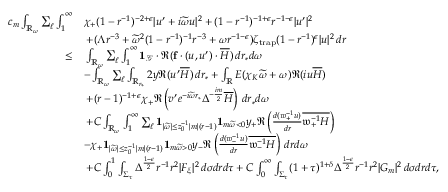
\begin{array} { r l } { c _ { m } \int _ { \mathbb { R } _ { \omega } } \sum _ { \ell } \int _ { 1 } ^ { \infty } } & { \chi _ { + } ( 1 - r ^ { - 1 } ) ^ { - 2 + \epsilon } | u ^ { \prime } + i \widetilde { \omega } u | ^ { 2 } + ( 1 - r ^ { - 1 } ) ^ { - 1 + \epsilon } r ^ { - 1 - \epsilon } | u ^ { \prime } | ^ { 2 } } \\ & { \: + ( \Lambda r ^ { - 3 } + \widetilde { \omega } ^ { 2 } ( 1 - r ^ { - 1 } ) ^ { - 1 } r ^ { - 3 } + \omega r ^ { - 1 - \epsilon } ) \zeta _ { \mathrm { t r a p } } ( 1 - r ^ { - 1 } ) ^ { \epsilon } | u | ^ { 2 } \, d r } \\ { \leq } & { \: \int _ { \mathbb { R } _ { \omega } } \sum _ { \ell } \int _ { 1 } ^ { \infty } \mathbf { 1 } _ { \mathcal { G } } \cdot \Re ( \mathbf { f } \cdot ( u , u ^ { \prime } ) \cdot \overline { { H } } ) \, d r _ { * } d \omega } \\ & { - \int _ { \mathbb { R } _ { \omega } } \sum _ { \ell } \int _ { \mathbb { R } _ { r _ { * } } } 2 y \Re ( u ^ { \prime } \overline { { H } } ) \, d r _ { * } + \int _ { \mathbb { R } } E ( \chi _ { K } \widetilde { \omega } + \omega ) \Re ( i u \overline { { H } } ) } \\ & { \: + ( r - 1 ) ^ { - 1 + \epsilon } \chi _ { + } \Re \left( v ^ { \prime } e ^ { - i \widetilde { \omega } r _ { * } } \Delta ^ { - \frac { i m } { 2 } } \overline { { H } } \right) \, d r _ { * } d \omega } \\ & { \: + C \int _ { \mathbb { R } _ { \omega } } \int _ { 1 } ^ { \infty } \sum _ { \ell } \mathbf { 1 } _ { | \widetilde { \omega } | \leq z _ { 0 } ^ { - 1 } | m | ( r - 1 ) } \mathbf { 1 } _ { m \widetilde { \omega } < 0 } y _ { + } \Re \left( \frac { d ( \mathfrak { w } _ { + } ^ { - 1 } u ) } { d r } \overline { { \mathfrak { w } _ { + } ^ { - 1 } H } } \right) } \\ & { - \chi _ { + } \mathbf { 1 } _ { | \widetilde { \omega } | \leq z _ { 0 } ^ { - 1 } | m | ( r - 1 ) } \mathbf { 1 } _ { m \widetilde { \omega } > 0 } y _ { - } \Re \left( \frac { d ( \mathfrak { w } _ { - } ^ { - 1 } u ) } { d r } \overline { { \mathfrak { w } _ { - } ^ { - 1 } H } } \right) \, d r d \omega } \\ & { \: + C \int _ { 0 } ^ { 1 } \int _ { \Sigma _ { \tau } } \Delta ^ { \frac { 1 - \epsilon } { 2 } } r ^ { - 1 } r ^ { 2 } | F _ { \xi } | ^ { 2 } \, d \sigma d r d \tau + C \int _ { 0 } ^ { \infty } \int _ { \Sigma _ { \tau } } ( 1 + \tau ) ^ { 1 + \delta } \Delta ^ { \frac { 1 - \epsilon } { 2 } } r ^ { - 1 } r ^ { 2 } | G _ { m } | ^ { 2 } \, d \sigma d r d \tau , } \end{array}